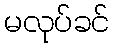
မလုပ်ခင်